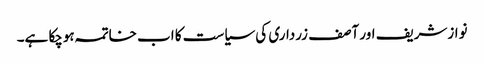
نوازشریف اور آصف زرداری کی سیاست کا اب خاتمہ ہوچکا ہے۔